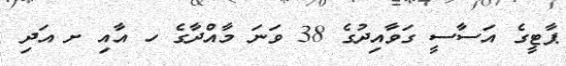
ޕާޓީގެ އަސާސީ ގަވާއިދުގެ 38 ވަނަ މާއްދާގެ ހ އާއި ށ އަދި